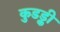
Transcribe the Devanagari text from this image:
कुडड्की